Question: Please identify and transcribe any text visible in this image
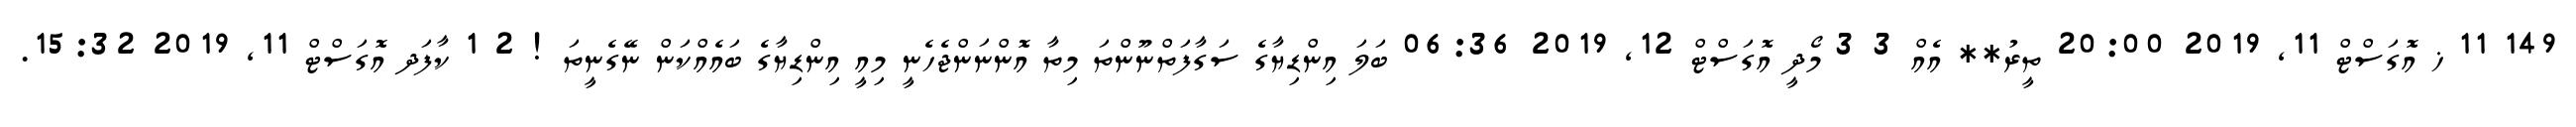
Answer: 149 11 ޚ އޮގަސްޓް 11, 2019 20:00 ތީރު** އެއް 3 3 މޯދީ އޮގަސްޓް 12, 2019 06:36 ބަލަ އިންޑިޔާގެ ސަގާފަތްނޫންތަ މިތާ އޮންނަންޖެހެނީ މިއީ އިންޑިޔާގެ ބައެއްކަން ނޭގެނީތަ ! 2 1 ކާފަދ އޮގަސްޓް 11, 2019 15:32.